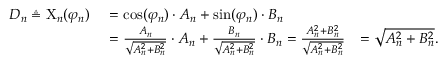
{ \begin{array} { r l r } { D _ { n } \triangleq \mathrm { X } _ { n } ( \varphi _ { n } ) \ } & { = \cos ( \varphi _ { n } ) \cdot A _ { n } + \sin ( \varphi _ { n } ) \cdot B _ { n } } \\ & { = { \frac { A _ { n } } { \sqrt { A _ { n } ^ { 2 } + B _ { n } ^ { 2 } } } } \cdot A _ { n } + { \frac { B _ { n } } { \sqrt { A _ { n } ^ { 2 } + B _ { n } ^ { 2 } } } } \cdot B _ { n } = { \frac { A _ { n } ^ { 2 } + B _ { n } ^ { 2 } } { \sqrt { A _ { n } ^ { 2 } + B _ { n } ^ { 2 } } } } } & { = { \sqrt { A _ { n } ^ { 2 } + B _ { n } ^ { 2 } } } . } \end{array} }